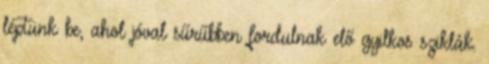
léptünk be, ahol jóval sűrűbben fordulnak elő gyilkos sziklák.